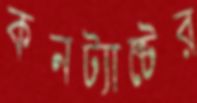
কনট্যাক্টের